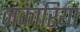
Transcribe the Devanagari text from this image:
ज़कारियां